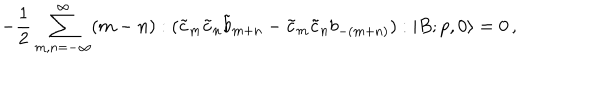
- \frac { 1 } { 2 } \sum _ { m , n = - \infty } ^ { \infty } ( m - n ) : ( \tilde { c } _ { m } \tilde { c } _ { n } \tilde { b } _ { m + n } - \tilde { c } _ { m } \tilde { c } _ { n } b _ { - ( m + n ) } ) : | B ; p , 0 \rangle = 0 \, ,